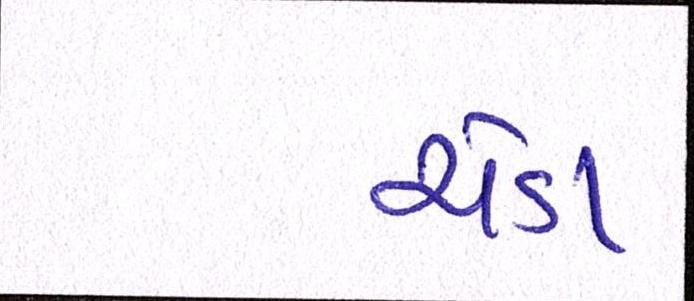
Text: ચેડા